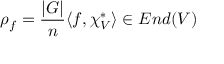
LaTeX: \rho _ { f } = { \frac { | G | } { n } } \langle f , \chi _ { V } ^ { * } \rangle \in E n d ( V )